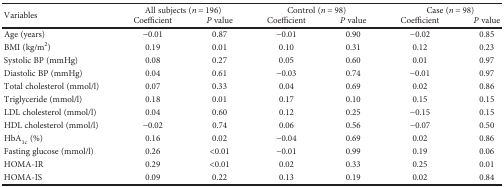
| <ROWSPAN=2> Variables | <COLSPAN=2> All subjects (n = 196) | <COLSPAN=2> Control (n = 98) | <COLSPAN=2> Case (n = 98) |
 | Coefficient | P value | Coefficient | P value | Coefficient | P value |
 | --- | --- | --- | --- | --- | --- | --- |
 | Age (years) | −0.01 | 0.87 | −0.01 | 0.90 | −0.02 | 0.85 |
 | BMI (kg/m2) | 0.19 | 0.01 | 0.10 | 0.31 | 0.12 | 0.23 |
 | Systolic BP (mmHg) | 0.08 | 0.27 | 0.05 | 0.60 | 0.01 | 0.97 |
 | Diastolic BP (mmHg) | 0.04 | 0.61 | −0.03 | 0.74 | −0.01 | 0.97 |
 | Total cholesterol (mmol/l) | 0.07 | 0.33 | 0.04 | 0.69 | 0.02 | 0.86 |
 | Triglyceride (mmol/l) | 0.18 | 0.01 | 0.17 | 0.10 | 0.15 | 0.15 |
 | LDL cholesterol (mmol/l) | 0.04 | 0.60 | 0.12 | 0.25 | −0.15 | 0.15 |
 | HDL cholesterol (mmol/l) | −0.02 | 0.74 | 0.06 | 0.56 | −0.07 | 0.50 |
 | HbA1c (%) | 0.16 | 0.02 | −0.04 | 0.69 | 0.02 | 0.86 |
 | Fasting glucose (mmol/l) | 0.26 | <0.01 | −0.01 | 0.99 | 0.19 | 0.06 |
 | HOMA-IR | 0.29 | <0.01 | 0.02 | 0.33 | 0.25 | 0.01 |
 | HOMA-IS | 0.09 | 0.22 | 0.13 | 0.19 | 0.02 | 0.84 |